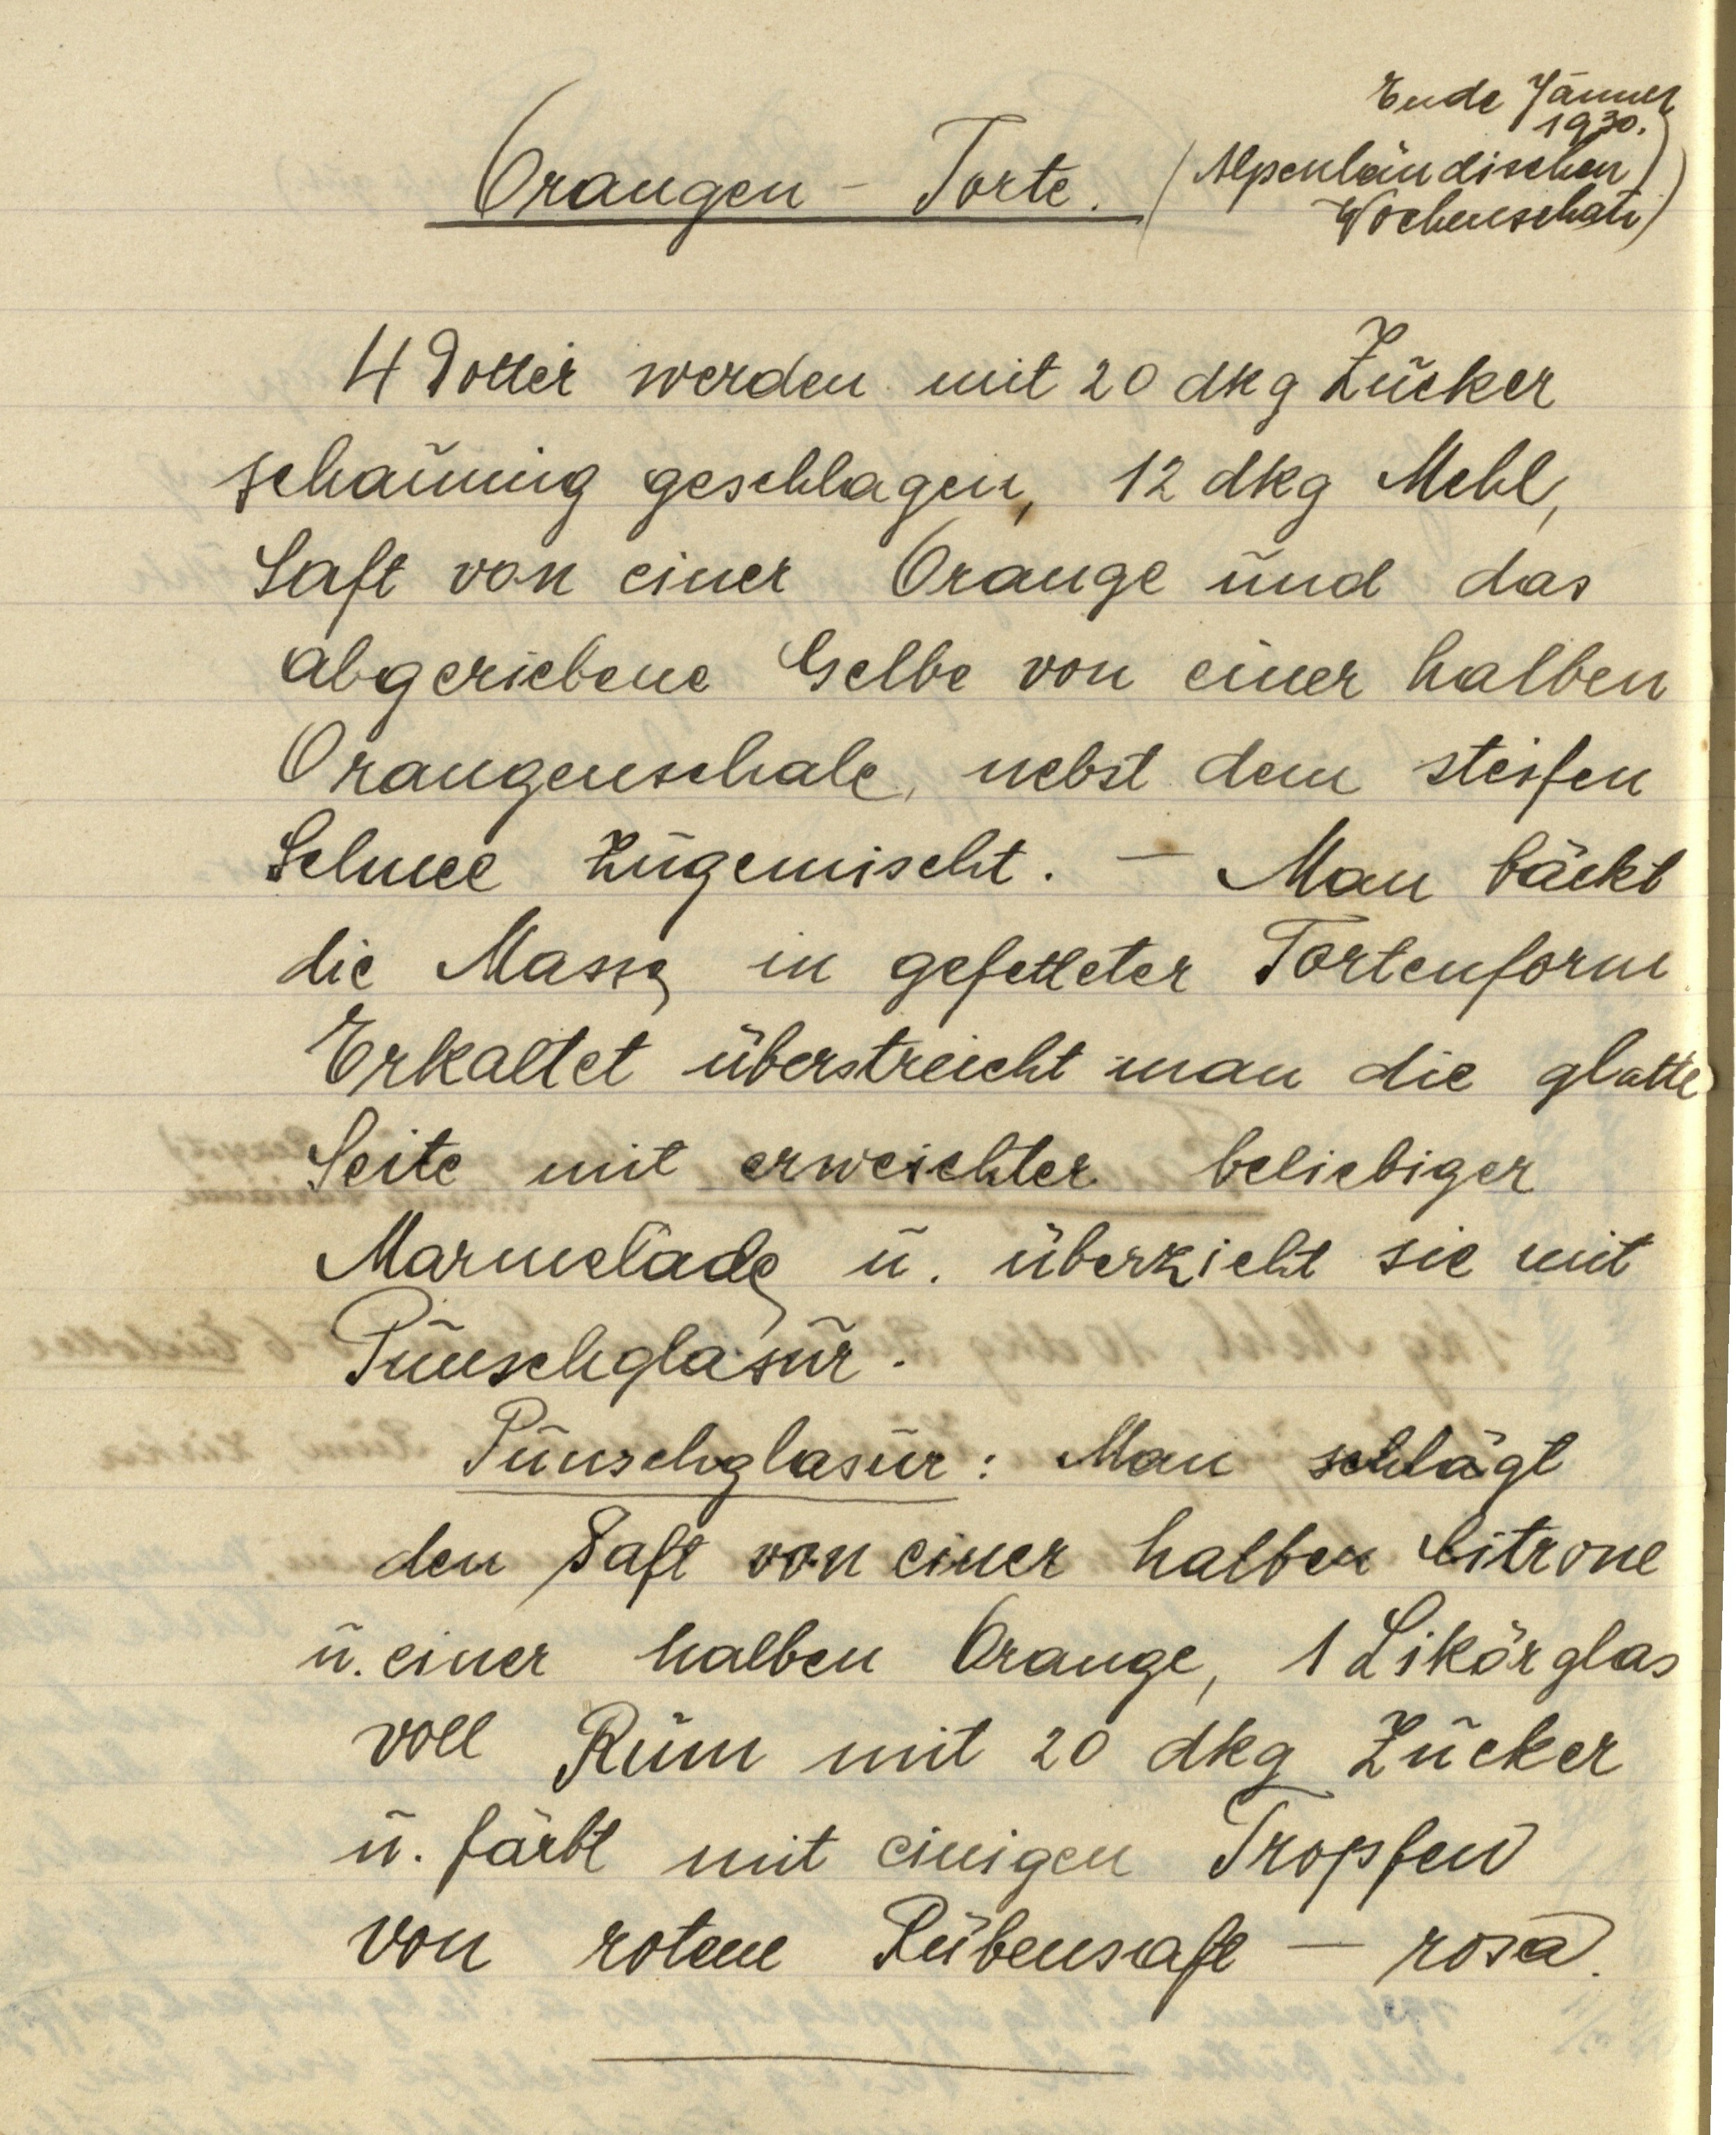
Ende Jänner
1930
Alpenländischen
Orangen-Torte
Wochenschau
4 Dotter werden mit 20 dkg Zucker
schaumig geschlagen, 12 dkg Mehl,
Saft von einer Orange und das
abgeriebene Gelbe von einer halben
Orangenschale nebst dem steifen
Schnee zugemischt. — Man bäckt
die Masse in gefetteter Tortenform.
Erkaltet überstreicht man die glatte
Seite mit erweichter beliebiger
Marmelade u. überzieht sie mit
Punschglasur.
Punschglasur: Man schlägt
den Saft von einer halben Citrone
u. einer halben Orange, 1 Likörglas
voll Rum mit 20 dkg Zucker
u. färbt mit einigen Tropfen
von rotem Rübensaft — rosa.